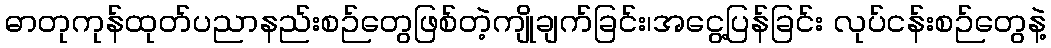
ဓာတုကုန်ထုတ်ပညာနည်းစဉ်တွေဖြစ်တဲ့ကျိုချက်ခြင်း၊အငွေ့ပြန်ခြင်း လုပ်ငန်းစဉ်တွေနဲ့